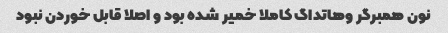
نون همبرگر و‌هاتداگ کاملا خمیر شده بود و اصلا قابل خوردن نبود